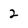
Character: 2